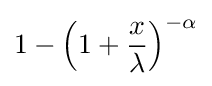
1-\left(1+{\frac {x}{\lambda }}\right)^{-\alpha }